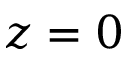
z = 0